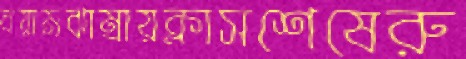
বয়ামঝাম্‌রায়ক্লাসশেষেরু